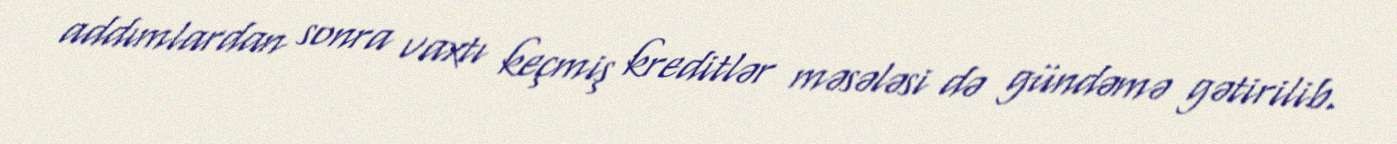
addımlardan sonra vaxtı keçmiş kreditlər məsələsi də gündəmə gətirilib.